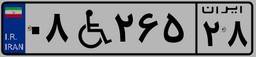
۰۸W۲۶۵۲۸